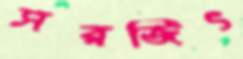
সরজিৎ